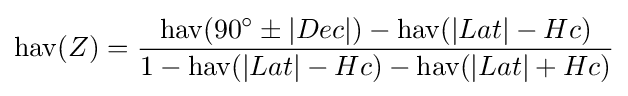
\operatorname {hav} (Z)={\frac {\operatorname {hav} (90^{\circ }\pm \vert Dec\vert )-\operatorname {hav} (\vert Lat\vert -Hc)}{1-\operatorname {hav} (\vert Lat\vert -Hc)-\operatorname {hav} (\vert Lat\vert +Hc)}}